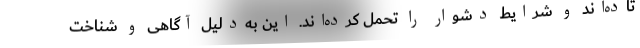
تاده‌اند و شرایط دشوار را تحمل کرده‌اند. این به‌دلیل آگاهی و شناخت